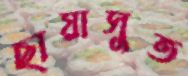
ছায়াসুত